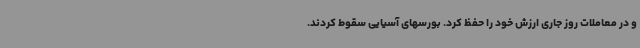
و در معاملات روز جاری ارزش خود را حفظ کرد. بورسهای آسیایی سقوط کردند.